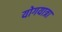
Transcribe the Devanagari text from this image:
योगयात्रा